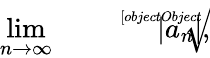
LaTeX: \operatorname*{lim}_{n\rightarrow\infty}{\sqrt[[objectObject]]{|a_{n}|}},